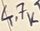
Text: 4.7K